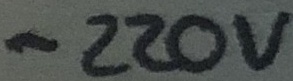
Text: -220V